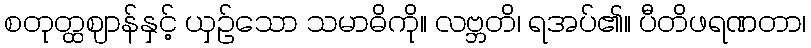
စတုတ္ထဈာန်နှင့် ယှဉ်သော သမာဓိကို။ လဗ္ဘတိ၊ ရအပ်၏။ ပီတိဖရဏတာ၊